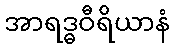
အာရဒ္ဓဝီရိယာနံ